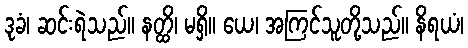
ဒုခံ၊ ဆင်းရဲသည်။ နတ္ထိ၊ မရှိ။ ယေ၊ အကြင်သူတို့သည်။ နိရယံ၊